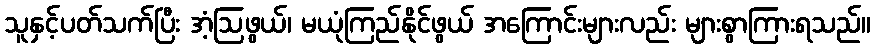
သူနှင့်ပတ်သက်ပြီး အံ့ဩဖွယ်၊ မယုံကြည်နိုင်ဖွယ် အကြောင်းများလည်း များစွာကြားရသည်။